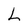
Character: L